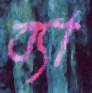
ব্যা